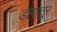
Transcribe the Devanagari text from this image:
डेलातूर